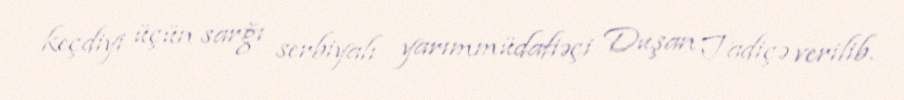
keçdiyi üçün sarğı serbiyalı yarımmüdafiəçi Duşan Tadiçə verilib.